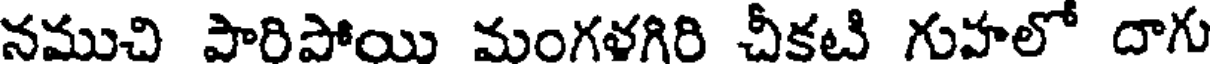
నముచి పారిపోయి మంగళగిరి చీకటి గుహలో దాగు